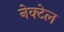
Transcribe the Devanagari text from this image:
नेक्टेल